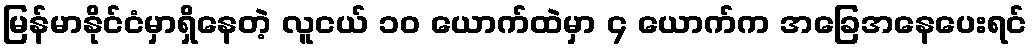
မြန်မာနိုင်ငံမှာရှိနေတဲ့ လူငယ် ၁၀ ယောက်ထဲမှာ ၄ ယောက်က အခြေအနေပေးရင်